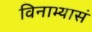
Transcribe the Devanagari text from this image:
विनाभ्यासं